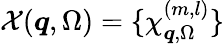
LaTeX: \mathcal{X}(\boldsymbol{q},\Omega)=\{ \chi_{\boldsymbol{q},\Omega}^{(m,l)}\}